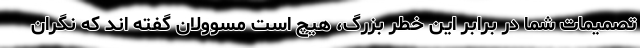
تصمیمات شما در برابر این خطر بزرگ، هیچ است مسوولان گفته اند که نگران